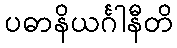
ပဓာနိယင်္ဂါနီတိ